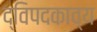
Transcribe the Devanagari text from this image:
द्विपदकाव्य